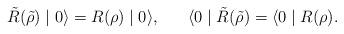
LaTeX: \begin{align*}\tilde{R} (\tilde{\rho}) \mid 0 \rangle = R(\rho) \mid 0 \rangle , \;\;\;\;\;\;\langle 0 \mid \tilde{R} (\tilde{\rho}) = \langle 0 \mid R(\rho) . \end{align*}